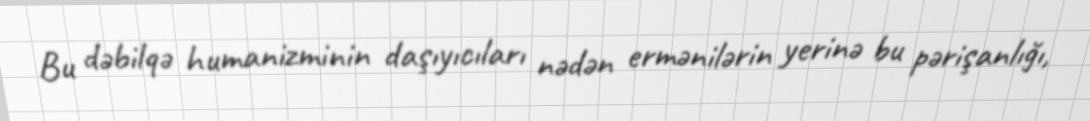
Bu dəbilqə humanizminin daşıyıcıları nədən ermənilərin yerinə bu pərişanlığı,